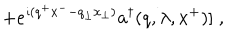
LaTeX: \; + e ^ { \imath ( q ^ { + } x ^ { - } - q _ { \perp } x _ { \perp } ) } a ^ { \dagger } ( q , \lambda , x ^ { + } ) ] \; ,